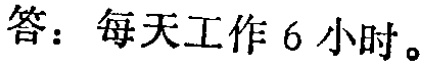
答：每天工作 6 小时。